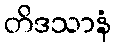
တိဒသာနံ